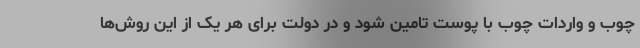
چوب و واردات چوب با پوست تامین شود و در دولت برای هر یک از این روش‌ها